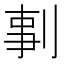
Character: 剚